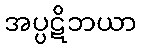
အပ္ပဋိဘယာ